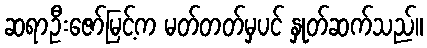
ဆရာဦးဇော်မြင့်က မတ်တတ်မှပင် နှုတ်ဆက်သည်။